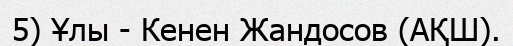
5) Ұлы - Кенен Жандосов (АҚШ).